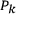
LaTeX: \scriptstyle P _ { k }